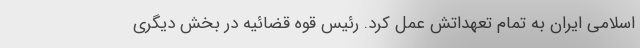
اسلامی ایران به تمام تعهداتش عمل کرد. رئیس قوه قضائیه در بخش دیگری